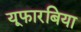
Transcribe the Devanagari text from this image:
यूफारबिया